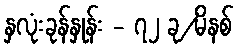
နှလုံးခုန်နှုန်း - ၇၂ ခု/မိနစ်